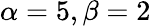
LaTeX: \alpha=5,\beta=2